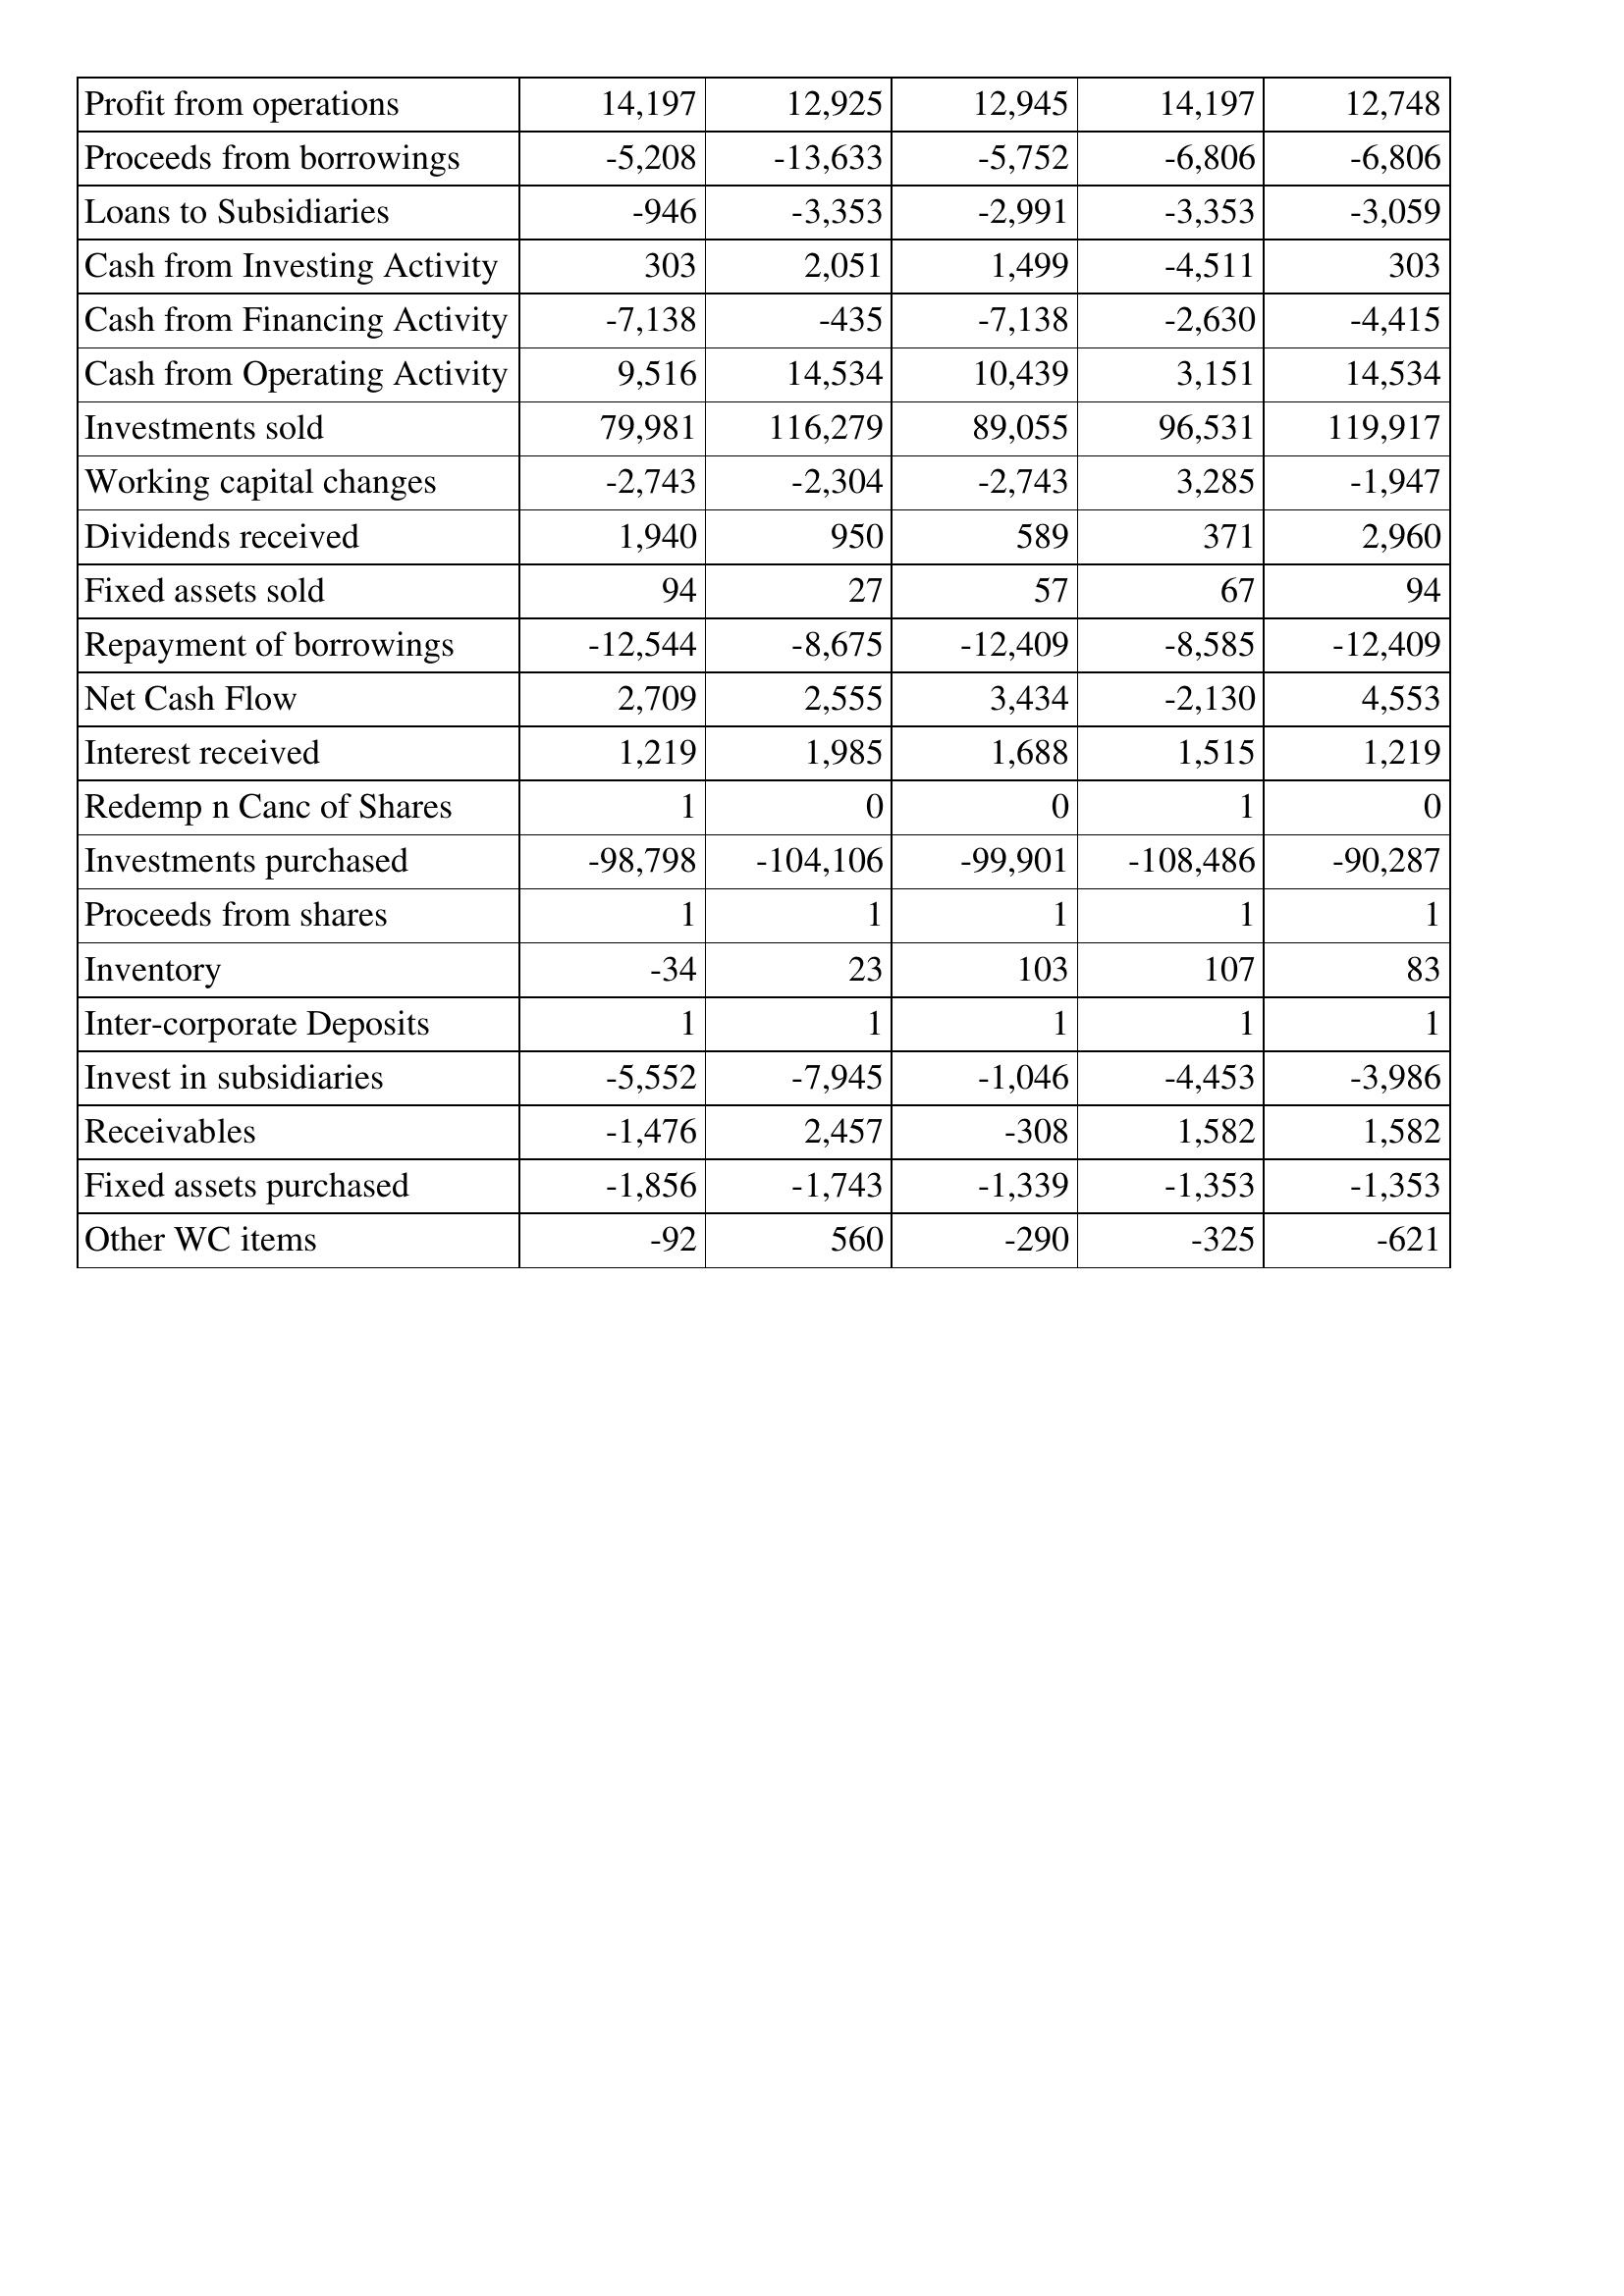
Sep-15: Cash Flows: Profit from operations: 14,197
Proceeds from borrowings: -5,208
Loans to Subsidiaries: -946
Cash from Investing Activity: 303
Cash from Financing Activity: -7,138
Cash from Operating Activity: 9,516
Investments sold: 79,981
Working capital changes: -2,743
Dividends received: 1,940
Fixed assets sold: 94
Repayment of borrowings: -12,544
Net Cash Flow: 2,709
Interest received: 1,219
Redemp n Canc of Shares: 1
Investments purchased: -98,798
Proceeds from shares: 1
Inventory: -34
Inter-corporate Deposits: 1
Invest in subsidiaries: -5,552
Receivables: -1,476
Fixed assets purchased: -1,856
Other WC items: -92
Sep-14: Cash Flows: Profit from operations: 12,925
Proceeds from borrowings: -13,633
Loans to Subsidiaries: -3,353
Cash from Investing Activity: 2,051
Cash from Financing Activity: -435
Cash from Operating Activity: 14,534
Investments sold: 116,279
Working capital changes: -2,304
Dividends received: 950
Fixed assets sold: 27
Repayment of borrowings: -8,675
Net Cash Flow: 2,555
Interest received: 1,985
Redemp n Canc of Shares: 0
Investments purchased: -104,106
Proceeds from shares: 1
Inventory: 23
Inter-corporate Deposits: 1
Invest in subsidiaries: -7,945
Receivables: 2,457
Fixed assets purchased: -1,743
Other WC items: 560
Sep-13: Cash Flows: Profit from operations: 12,945
Proceeds from borrowings: -5,752
Loans to Subsidiaries: -2,991
Cash from Investing Activity: 1,499
Cash from Financing Activity: -7,138
Cash from Operating Activity: 10,439
Investments sold: 89,055
Working capital changes: -2,743
Dividends received: 589
Fixed assets sold: 57
Repayment of borrowings: -12,409
Net Cash Flow: 3,434
Interest received: 1,688
Redemp n Canc of Shares: 0
Investments purchased: -99,901
Proceeds from shares: 1
Inventory: 103
Inter-corporate Deposits: 1
Invest in subsidiaries: -1,046
Receivables: -308
Fixed assets purchased: -1,339
Other WC items: -290
Sep-12: Cash Flows: Profit from operations: 14,197
Proceeds from borrowings: -6,806
Loans to Subsidiaries: -3,353
Cash from Investing Activity: -4,511
Cash from Financing Activity: -2,630
Cash from Operating Activity: 3,151
Investments sold: 96,531
Working capital changes: 3,285
Dividends received: 371
Fixed assets sold: 67
Repayment of borrowings: -8,585
Net Cash Flow: -2,130
Interest received: 1,515
Redemp n Canc of Shares: 1
Investments purchased: -108,486
Proceeds from shares: 1
Inventory: 107
Inter-corporate Deposits: 1
Invest in subsidiaries: -4,453
Receivables: 1,582
Fixed assets purchased: -1,353
Other WC items: -325
Sep-11: Cash Flows: Profit from operations: 12,748
Proceeds from borrowings: -6,806
Loans to Subsidiaries: -3,059
Cash from Investing Activity: 303
Cash from Financing Activity: -4,415
Cash from Operating Activity: 14,534
Investments sold: 119,917
Working capital changes: -1,947
Dividends received: 2,960
Fixed assets sold: 94
Repayment of borrowings: -12,409
Net Cash Flow: 4,553
Interest received: 1,219
Redemp n Canc of Shares: 0
Investments purchased: -90,287
Proceeds from shares: 1
Inventory: 83
Inter-corporate Deposits: 1
Invest in subsidiaries: -3,986
Receivables: 1,582
Fixed assets purchased: -1,353
Other WC items: -621